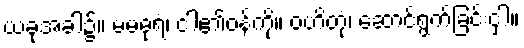
ယခုအခါ၌။ မမဓုရံ၊ ငါ၏ဝန်ကို။ ဝဟိတုံ၊ ဆောင်ရွက်ခြင်းငှါ။